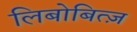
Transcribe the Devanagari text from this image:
लिबोबित्ज़